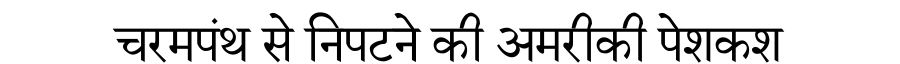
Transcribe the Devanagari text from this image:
चरमपंथ से निपटने की अमरीकी पेशकश